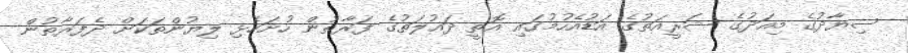
ސިޔާދުގެ މިއަދުގެ ޝަރީއަތުގެ އަޑުއެހުމުގައި އޮތީ ދައުލަތުގެ ފަރާތުން ހުށަހެޅި ލިޔުންތަކަށް ދެފަރާތުން